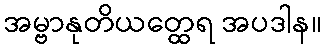
အမ္ဗာနုတိယတ္ထေရ အပဒါန။